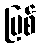
မြစ်